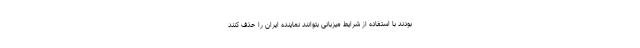
بودند با استفاده از شرایط میزبانی بتوانند نماینده ایران را حذف کنند